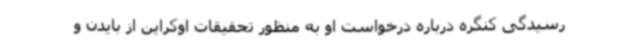
رسیدگی کنگره درباره درخواست او به منظور تحقیقات اوکراین از بایدن و